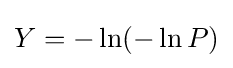
Y=-\ln(-\ln P)